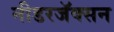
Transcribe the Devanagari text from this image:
नीडरजॅक्सन